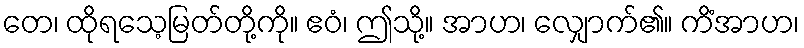
တေ၊ ထိုရသေ့မြတ်တို့ကို။ ဧဝံ၊ ဤသို့။ အာဟ၊ လျှောက်၏။ ကိံအာဟ၊